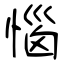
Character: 惱